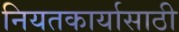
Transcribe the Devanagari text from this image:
नियतकार्यासाठी